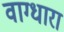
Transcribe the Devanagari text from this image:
वाग्धारा